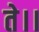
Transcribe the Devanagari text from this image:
ते।।